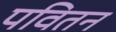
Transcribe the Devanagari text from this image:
पवितन